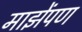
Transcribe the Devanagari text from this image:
माझेंपण